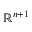
\mathbb { R } ^ { n + 1 }